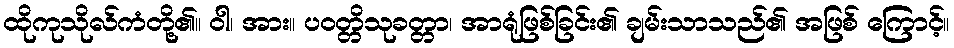
ထိုကုသိုလ်ကံတို့၏။ ဝါ၊ အား။ ပဝတ္တိသုခတ္တာ၊ အာရုံဖြစ်ခြင်း၏ ချမ်းသာသည်၏ အဖြစ် ကြောင့်။